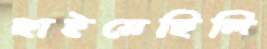
ছাইয়েছিলি